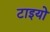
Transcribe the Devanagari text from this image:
टाइयो